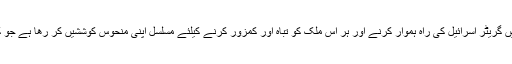
علامہ عارف واحدی کا کہنا تھا کہ امریکہ خطے میں گریٹر اسرائیل کی راہ ہموار کرنے اور ہر اس ملک کو تباہ اور کمزور کرنے کیلئے مسلسل اپنی منحوس کوششیں کر رھا ہے جو کسی وقت بھی اسرائیل کیلئے خطرناک ہو سکتا ہے۔